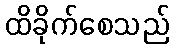
ထိခိုက်စေသည်